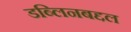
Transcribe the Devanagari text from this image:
डब्लिनबद्दल